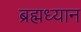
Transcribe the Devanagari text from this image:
ब्रह्मध्यान